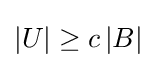
|U|\geq c\,|B|